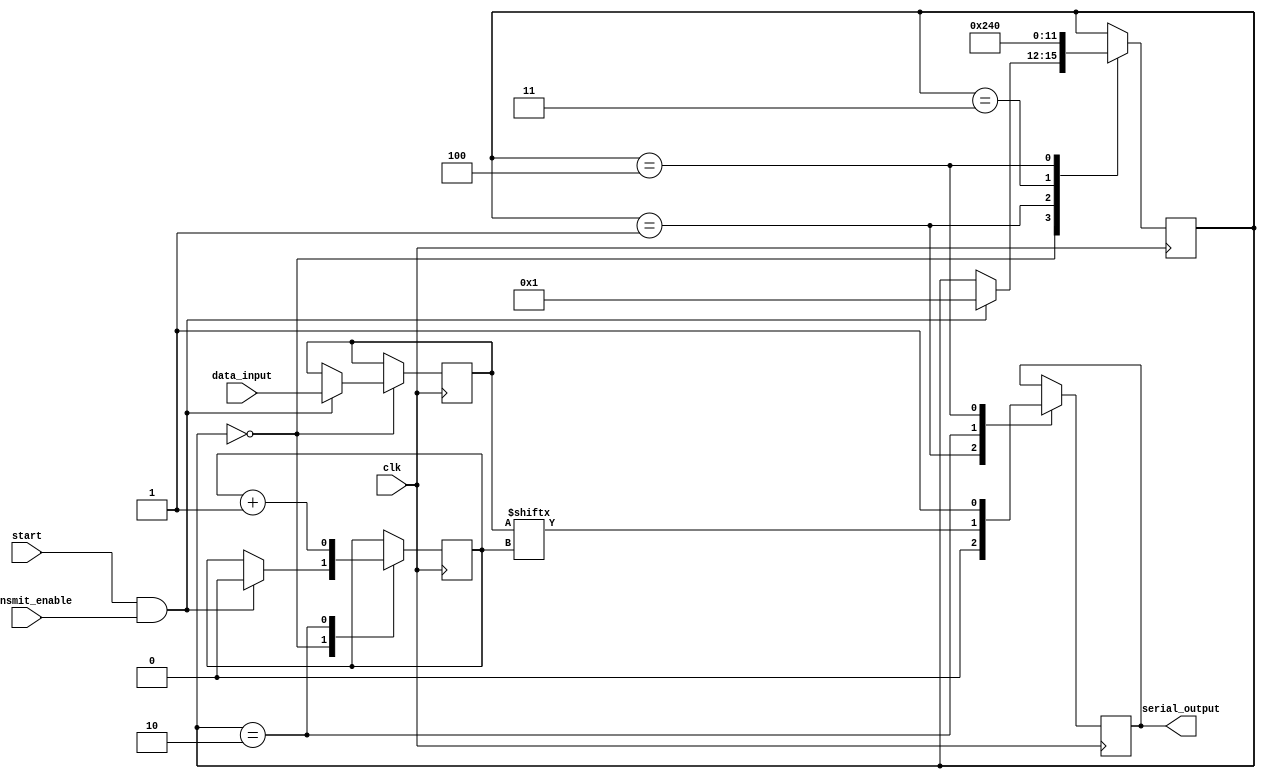
module UART_transmitter(
    input wire clk,
    input wire start,
    input wire transmit_enable,
    input wire [7:0] data_input,
    output reg serial_output
);

reg [7:0] data_reg;
reg [3:0] state;
reg bit_cnt;

parameter IDLE_STATE = 4'b0000;
parameter START_STATE = 4'b0001;
parameter DATA_STATE = 4'b0010;
parameter PARITY_STATE = 4'b0011;
parameter STOP_STATE = 4'b0100;

always @(posedge clk) begin
    case(state)
        IDLE_STATE: begin
            if(start && transmit_enable) begin
                state <= START_STATE;
                data_reg <= data_input;
                bit_cnt <= 0;
            end
        end
        
        START_STATE: begin
            serial_output <= 0;
            state <= DATA_STATE;
        end
        
        DATA_STATE: begin
            serial_output <= data_reg[bit_cnt];
            bit_cnt <= bit_cnt + 1;
            if(bit_cnt == 7) begin
                state <= PARITY_STATE;
            end
        end
        
        PARITY_STATE: begin
            // Add parity bit if applicable
            state <= STOP_STATE;
        end
        
        STOP_STATE: begin
            serial_output <= 1;
            state <= IDLE_STATE;
        end
    endcase
end

endmodule